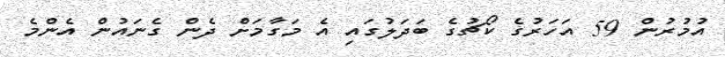
އުމުރުން 59 އަހަރުގެ ކޯޗުގެ ބަދަލުގައި އެ މަގާމަށް ދެން ގެނައުން އެންމެ